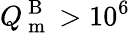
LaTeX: Q_{\mathrm{~m~}}^{\mathrm{~B~}}>10^{6}